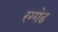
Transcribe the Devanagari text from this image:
रग्गेड